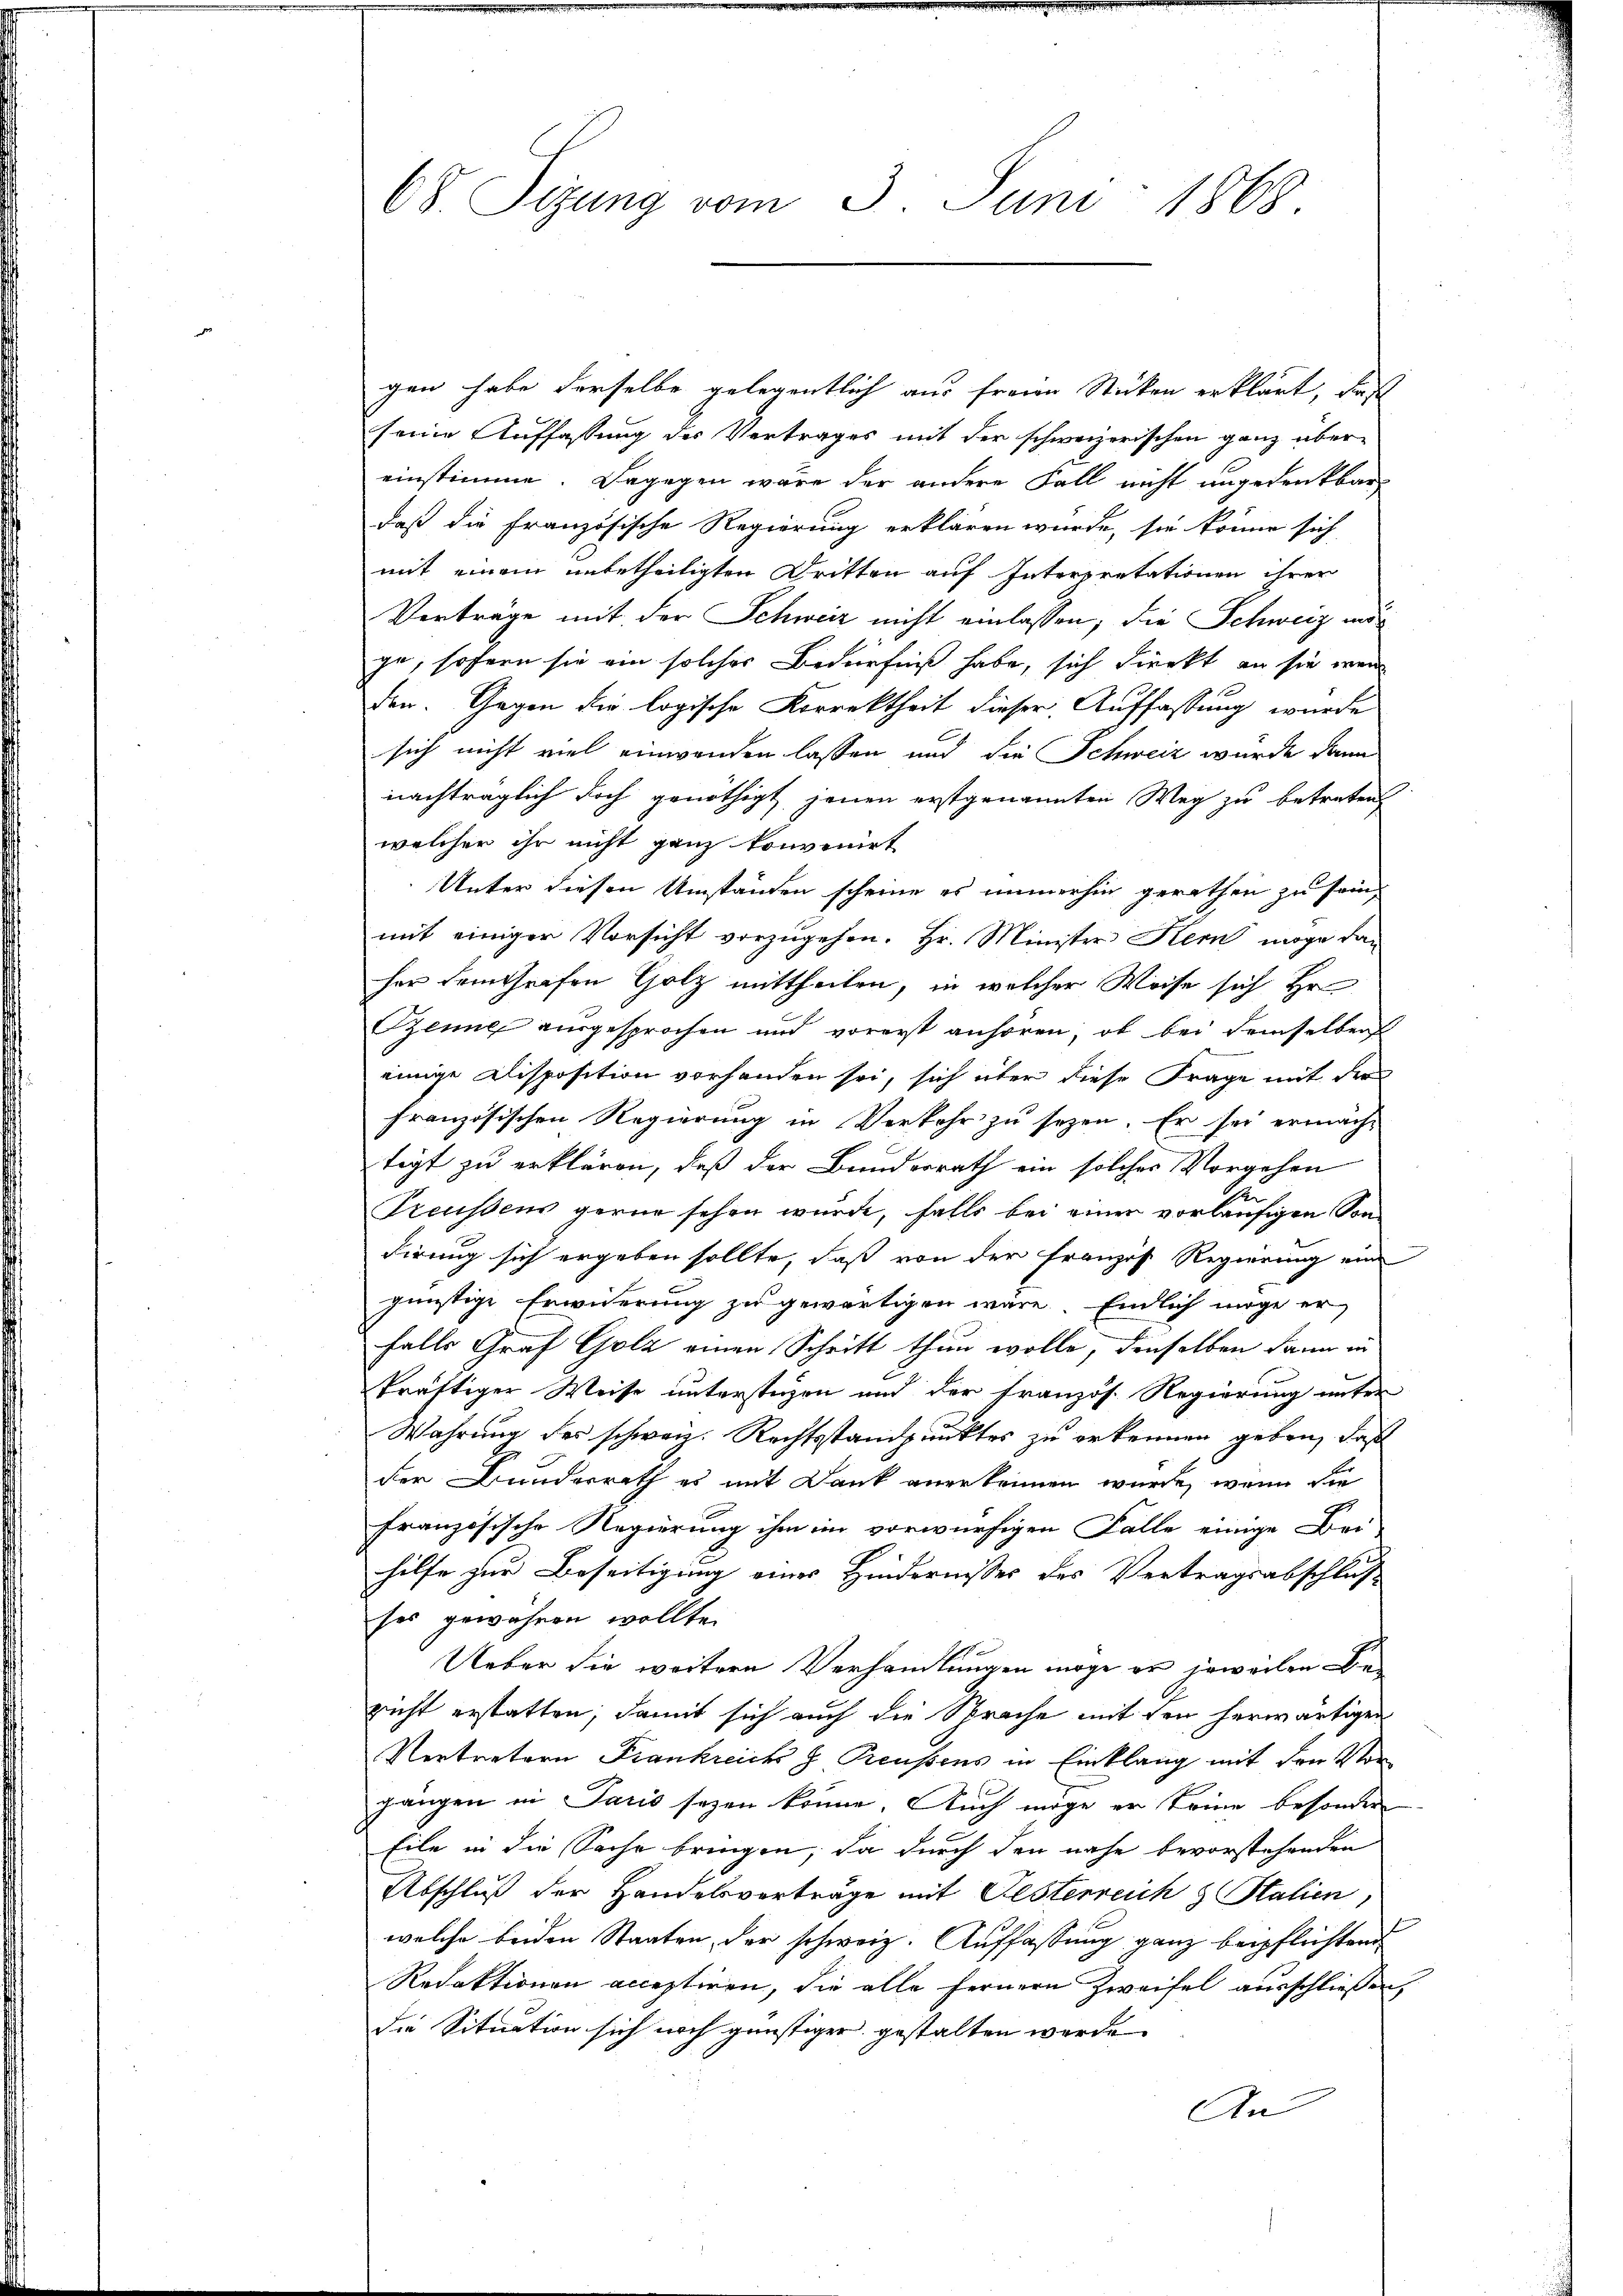
68. Sitzung vom 3. Juni 1868.

gen habe derselbe gelegentlich aus freien Stücken erklärt, daß
seine Auffassung des Vertrages mit der schweizerischen ganz übereinstimme. Dagegen wäre der andere Fall nicht angedenkbar
daß die französische Regierung erklären würde, sie könne sich
mit einem unbetheiligten Dritten auf Interpretationen ihrer
Verträge mit der Schweiz nicht einlassen; die Schweiz ange, sofern sie ein solcher Bedürfniß habe, sich dienkt, an sie wend
den. Gegen die logische Korrektheit dieser Auffassung wurde
sich nicht viel einwanden lassen und die Schweiz wurde dann
nachträglich doch genöthigt jenen erstgenannten Weg zu betreten
welcher ihr nicht ganz konvenirt
Unter diesen Umständen scheine es immerhin gerathen zu sein,
mit einiger Vorsicht vorzugehen. Hr. Minister Kern möge dan
her dem Grafen Holz mittheilen, in welcher Weise sich Hr
Benne ausgesprochen und vorerst anhören, ob bei demselben
einige Disposition vorhanden sei, sich über diese Frage mit der
französischen Regierung in Verkehr zu sezen. Er sei ermäch-
tigt zu erklären, daß der Bunderrath ein solches Vorgehen
Preussens gerne sehen wurde, falls bei einer vorläufigen Son-
dirung sich ergeben sollte, daß von der Franzis Regierung eine
günstige Erwiderung zu gewärtigen wäre. Endlich möge er
falls Graf Golz einen Schritt thun wolle, denselben dann in
kräftiger Weise unterstüzen und der französ. Regierung unter
Wahrung der schweiz. Rechtsstandpunktes zu erkennen geben, daß
der Bunderrath es mit Dank anerkennen wurde, wenn die
französische Regierung ihm im vorwürfigen Falle einige Bei-

hilfe zur Beseitigung eines Hindernisses des Vertragsabschluß
ses gewähren wollte.
Ueber die weitere Verhandlungen möge er jeweilen Bericht erstatten, damit sich auch die Sprache mit den herwärtigen
Vertretern Frankreichs Preussens in Einklang mit den Vorgängen in Paris sagen könne. Auch möge er keine besonder
Eile in die Sache bringen, da durch den nahe bevorstehenden
Abschluß der Handelsverträge mit Festerreich & Stalien
welche beiden Staaten, der schweiz. Auffassung ganz beipflichtend
Redaktionen acceptiren, die alle fernern Zweifel ausschließen,
die Situation sich noch günstiger gestalten werde.
An